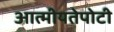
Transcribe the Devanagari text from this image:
आत्मीयतेपोटी